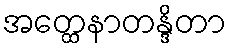
အတ္ထေနာတန္ဒိတာ